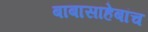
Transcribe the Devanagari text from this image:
बाबासाहेबांच